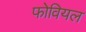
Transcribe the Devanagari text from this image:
फोवियल